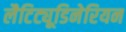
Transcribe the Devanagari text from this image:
लैटिट्यूडिनेरियन